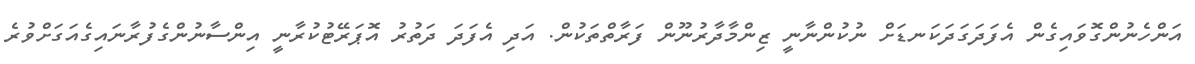
އަންހެނުންގޮވައިގެން އެފަދަގަދަކަނޑަށް ނުކުންނާނީ ޒިންމާދާރުނޫން ފަރާތްތަކުން. އަދި އެފަދަ ދަތުރު އޮޕަރޭޓުކުރާނީ އިންސާނުންގެފުރާނައިގެއަގަށްވުރެ